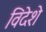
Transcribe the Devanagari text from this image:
विदेशे